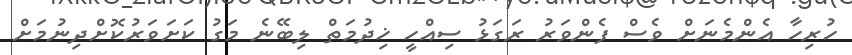
ހުރިހާ އެންމެނަށް ވެސް ފެންވަރު ރަގަޅު ސިއްހީ ޚިދުމަތް ލިބޭނެ މަގު ކަށަވަރުކޮށްދިނުމަށް